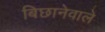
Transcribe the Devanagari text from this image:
बिछानेवाले